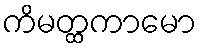
ကိမတ္ထကာမော